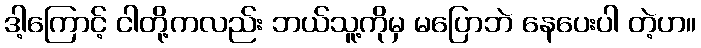
ဒါ့ကြောင့် ငါတို့ကလည်း ဘယ်သူ့ကိုမှ မပြောဘဲ နေပေးပါ တဲ့ဟ။